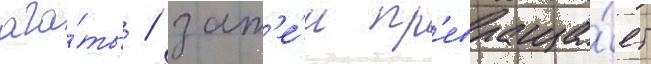
ага́ты / зат'е́м пр'евраща́ет